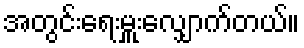
အတွင်းရေးမှူးလျှောက်တယ်။